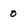
Character: 0